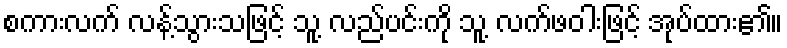
စကားလက် လန့်သွားသဖြင့် သူ့ လည်ပင်းကို သူ့ လက်ဖဝါးဖြင့် အုပ်ထား၏။